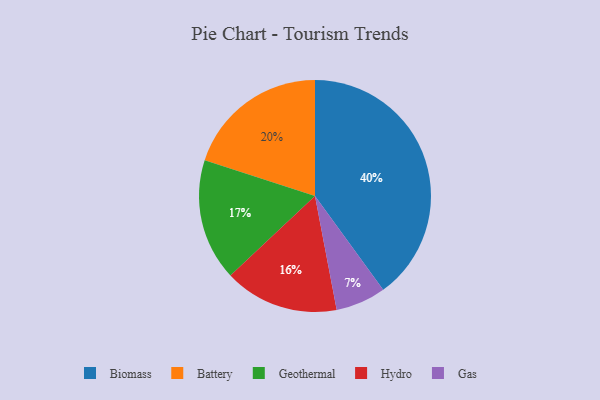
{"axis": {"x": "Category", "y": "Percentage"}, "legend": ["Battery", "Biomass", "Gas", "Geothermal", "Hydro"], "data": [{"x": "Gas", "y": 7, "type": "Gas"}, {"x": "Biomass", "y": 40, "type": "Biomass"}, {"x": "Hydro", "y": 16, "type": "Hydro"}, {"x": "Geothermal", "y": 17, "type": "Geothermal"}, {"x": "Battery", "y": 20, "type": "Battery"}]}